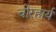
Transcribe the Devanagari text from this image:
चोरहार्यं